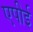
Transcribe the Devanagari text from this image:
एपीई